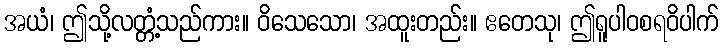
အယံ၊ ဤသို့လတ္တံ့သည်ကား။ ဝိသေသော၊ အထူးတည်း။ ဧတေသု၊ ဤရူပါဝစရဝိပါက်